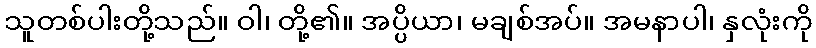
သူတစ်ပါးတို့သည်။ ဝါ၊ တို့၏။ အပ္ပိယာ၊ မချစ်အပ်။ အမနာပါ၊ နှလုံးကို